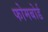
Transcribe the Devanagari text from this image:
फोमबोर्ड